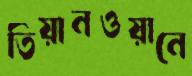
তিয়ানওয়ানে